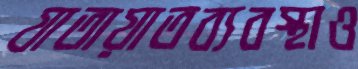
যাতায়াতব্যবস্থাও